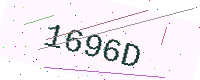
Text: 1696D